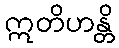
ဣတိဟန္တိ